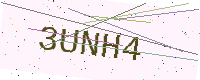
Text: 3UNH4